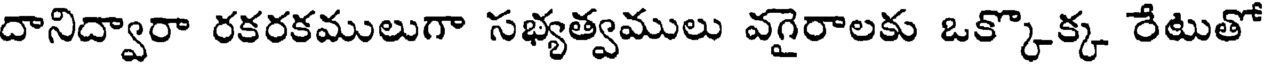
దానిద్వారా రకరకములుగా సభ్యత్వములు వగైరాలకు ఒక్కొక్క రేటుతో